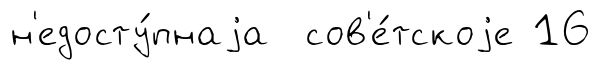
н'едосту́пнаjа сов'е́тскоjе 16